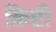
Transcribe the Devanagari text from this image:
क्रिप्टी